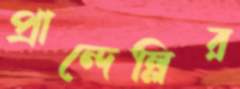
প্রান্দেল্লির